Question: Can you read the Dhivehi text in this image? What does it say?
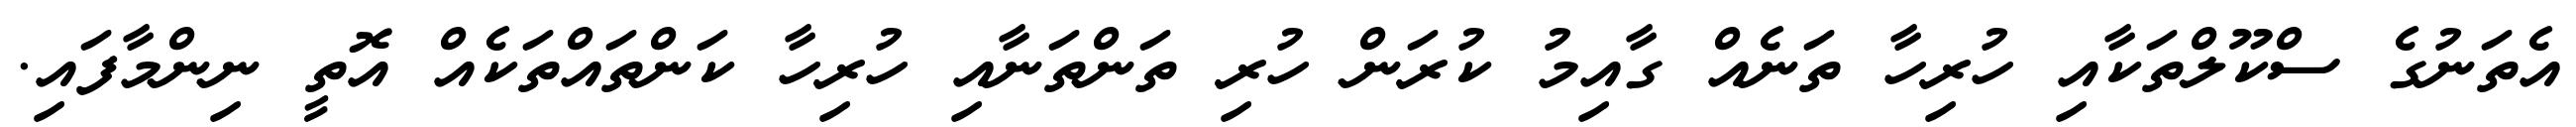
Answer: އެތަނުގެ ސްކޫލްތަކާއި ހުރިހާ ތަނެއް ގާއިމު ކުރަން ހުރި ތަންތަނާއި ހުރިހާ ކަންތައްތަކެއް އޮތީ ނިންމާފައި.